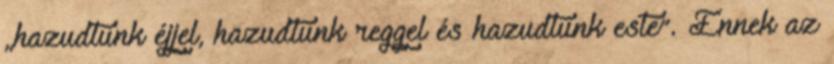
„hazudtunk éjjel, hazudtunk reggel és hazudtunk este”. Ennek az